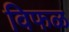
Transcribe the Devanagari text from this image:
विफळ